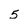
Character: 5